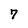
Character: 7